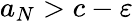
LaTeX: a_{N}>c-\varepsilon